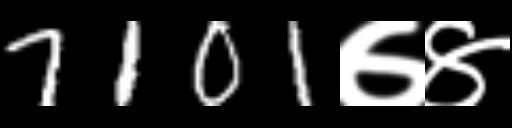
Text: 7101७४